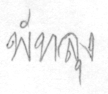
พัทลุง